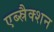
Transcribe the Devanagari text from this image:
एब्स्रैक्शन